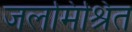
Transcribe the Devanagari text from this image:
जलमिश्रित